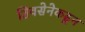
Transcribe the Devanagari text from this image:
शिवसेनेकढून